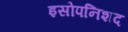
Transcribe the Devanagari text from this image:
इसोपनिशद